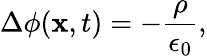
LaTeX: \Delta\phi(\mathbf{x},t)=-\frac{\rho}{\epsilon_{0}},